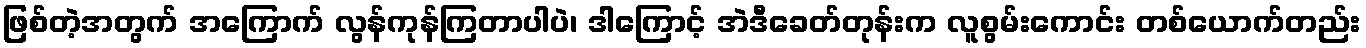
ဖြစ်တဲ့အတွက် အကြောက် လွန်ကုန်ကြတာပါပဲ၊ ဒါကြောင့် အဲဒီခေတ်တုန်းက လူစွမ်းကောင်း တစ်ယောက်တည်း